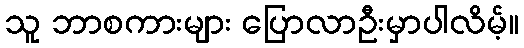
သူ ဘာစကားများ ပြောလာဦးမှာပါလိမ့်။